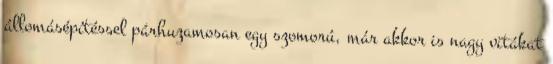
állomásépítéssel párhuzamosan egy szomorú, már akkor is nagy vitákat